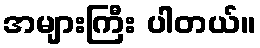
အများကြီး ပါတယ်။